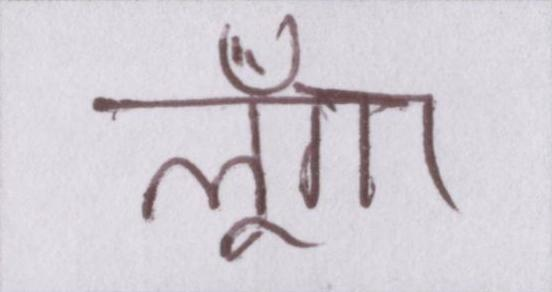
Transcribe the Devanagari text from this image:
लूँगा